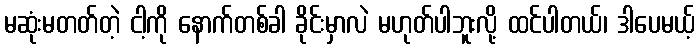
မဆုံးမတတ်တဲ့ ငါ့ကို နောက်တစ်ခါ ခိုင်းမှာလဲ မဟုတ်ပါဘူးလို့ ထင်ပါတယ်၊ ဒါပေမယ့်